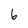
Character: 6